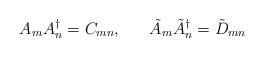
LaTeX: \begin{align*}A_{m} A^{\dagger}_{n} = C_{mn},\;\;\;\;\;\; \tilde{A}_{m} \tilde{A}^{\dagger}_{n} = \tilde{D}_{mn}\end{align*}